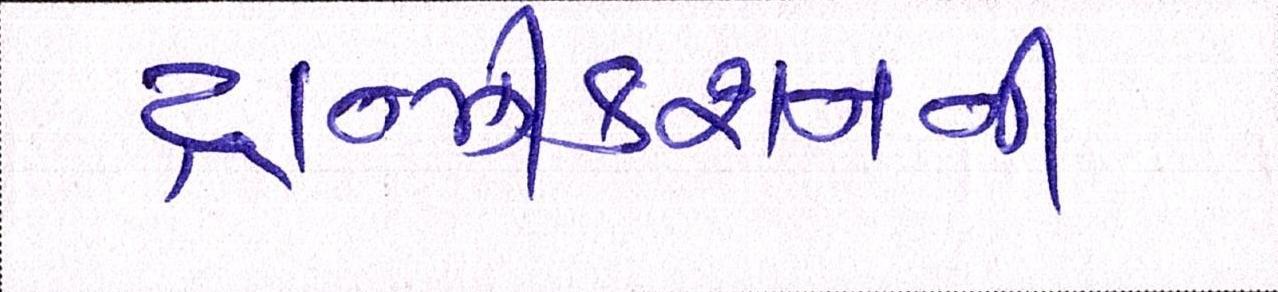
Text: ટ્રાન્ઝીકશનની